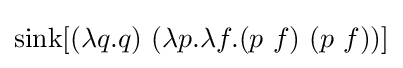
\operatorname {sink} [(\lambda q.q)\ (\lambda p.\lambda f.(p\ f)\ (p\ f))]